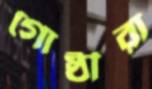
গোষ্ঠীরা